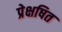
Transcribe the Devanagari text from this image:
प्रेक्षषित